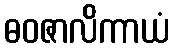
ဓဝဇာလိကာယံ